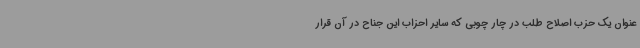
عنوان یک حزب اصلاح طلب در چار چوبی که سایر احزاب این جناح در آن قرار